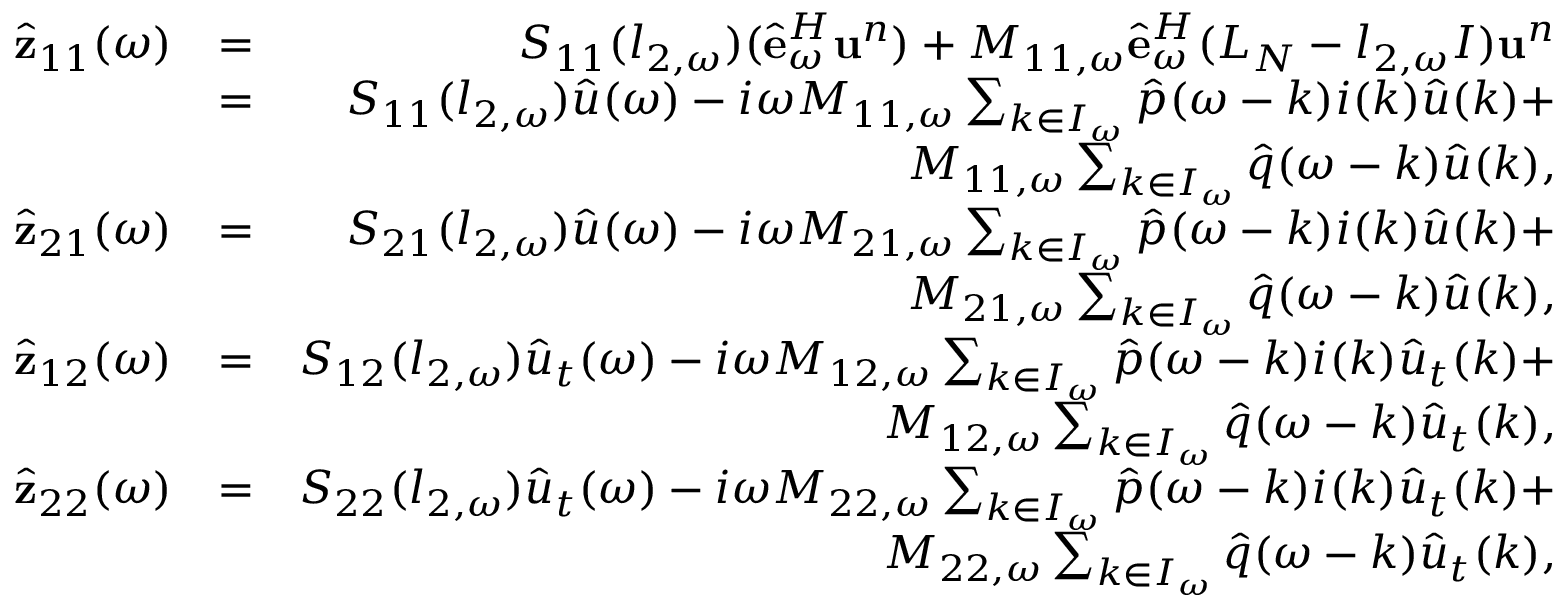
\begin{array} { r l r } { \hat { \bf z } _ { 1 1 } ( \omega ) } & { = } & { S _ { 1 1 } ( l _ { 2 , \omega } ) ( \hat { \bf e } _ { \omega } ^ { H } { \bf u } ^ { n } ) + M _ { 1 1 , \omega } \hat { \bf e } _ { \omega } ^ { H } ( L _ { N } - l _ { 2 , \omega } I ) { \bf u } ^ { n } } \\ & { = } & { S _ { 1 1 } ( l _ { 2 , \omega } ) \hat { u } ( \omega ) - i \omega M _ { 1 1 , \omega } \sum _ { k \in I _ { \omega } } \hat { p } ( \omega - k ) i ( k ) \hat { u } ( k ) + } \\ & { } & { M _ { 1 1 , \omega } \sum _ { k \in I _ { \omega } } \hat { q } ( \omega - k ) \hat { u } ( k ) , } \\ { \hat { \bf z } _ { 2 1 } ( \omega ) } & { = } & { S _ { 2 1 } ( l _ { 2 , \omega } ) \hat { u } ( \omega ) - i \omega M _ { 2 1 , \omega } \sum _ { k \in I _ { \omega } } \hat { p } ( \omega - k ) i ( k ) \hat { u } ( k ) + } \\ & { } & { M _ { 2 1 , \omega } \sum _ { k \in I _ { \omega } } \hat { q } ( \omega - k ) \hat { u } ( k ) , } \\ { \hat { \bf z } _ { 1 2 } ( \omega ) } & { = } & { S _ { 1 2 } ( l _ { 2 , \omega } ) \hat { u } _ { t } ( \omega ) - i \omega M _ { 1 2 , \omega } \sum _ { k \in I _ { \omega } } \hat { p } ( \omega - k ) i ( k ) \hat { u } _ { t } ( k ) + } \\ & { } & { M _ { 1 2 , \omega } \sum _ { k \in I _ { \omega } } \hat { q } ( \omega - k ) \hat { u } _ { t } ( k ) , } \\ { \hat { \bf z } _ { 2 2 } ( \omega ) } & { = } & { S _ { 2 2 } ( l _ { 2 , \omega } ) \hat { u } _ { t } ( \omega ) - i \omega M _ { 2 2 , \omega } \sum _ { k \in I _ { \omega } } \hat { p } ( \omega - k ) i ( k ) \hat { u } _ { t } ( k ) + } \\ & { } & { M _ { 2 2 , \omega } \sum _ { k \in I _ { \omega } } \hat { q } ( \omega - k ) \hat { u } _ { t } ( k ) , } \end{array}